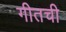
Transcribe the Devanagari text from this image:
गीतची